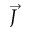
\vec { J }